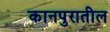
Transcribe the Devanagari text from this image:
कानपुरातील